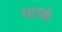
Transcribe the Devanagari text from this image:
पाडके